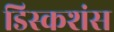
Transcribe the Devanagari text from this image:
डिस्कशंस